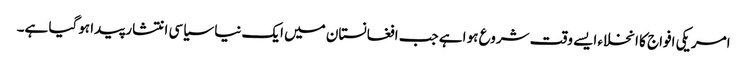
امریکی افواج کا انخلاء ایسے وقت شروع ہو اہے جب افغانستان میں ایک نیا سیاسی انتشار پیدا ہوگیا ہے۔